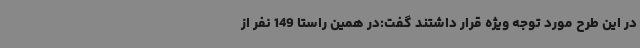
در این طرح مورد توجه ویژه قرار داشتند گفت:در همین راستا 149 نفر از